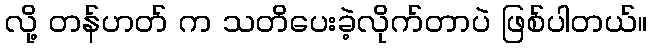
လို့ တန်ဟတ် က သတိပေးခဲ့လိုက်တာပဲ ဖြစ်ပါတယ်။